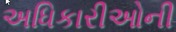
અધિકારીઓની